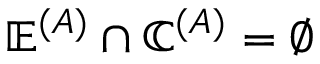
\mathbb { E } ^ { ( A ) } \cap \mathbb { C } ^ { ( A ) } = \emptyset